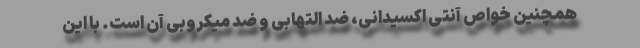
همچنین خواص آنتی اکسیدانی، ضد التهابی و ضد میکروبی آن است. با این